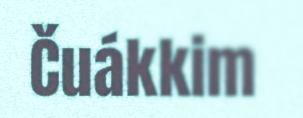
Čuákkim